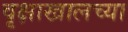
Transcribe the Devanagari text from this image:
वृक्षाखालच्या